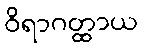
ဝိရာဂတ္ထာယ